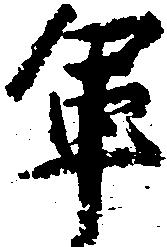
軍